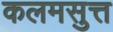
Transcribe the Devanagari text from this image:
कलमसुत्त